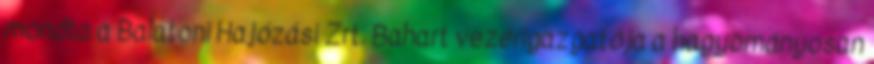
mondta a Balatoni Hajózási Zrt. Bahart vezérigazgatója a hagyományosan